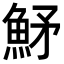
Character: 𩶒